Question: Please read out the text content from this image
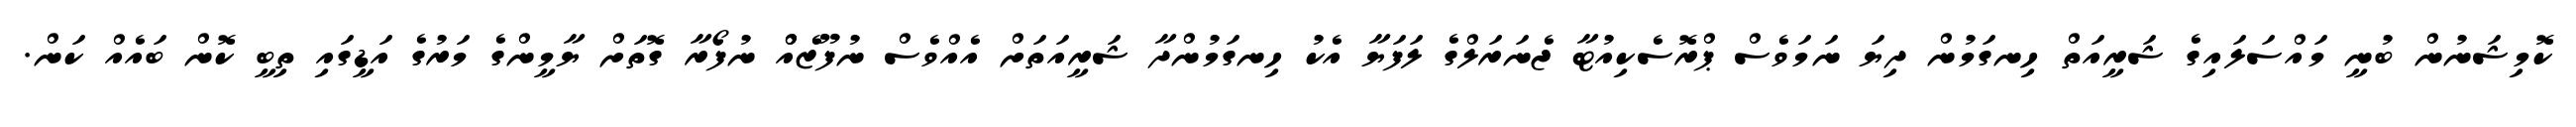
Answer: ކޮމިޝަނުން ބުނީ މައްސަލައިގެ ޝަރީއަތް ހިނގަމުން ދިޔަ ނަމަވެސް ޕްރޮސެކިއުޓާ ޖެނަރަލްގެ ލަފަޔާ އެކު ހިނގަމުންދާ ޝަރީއަތަށް އެއްވެސް ނުފޫޒެއްް ނުފޯރާ ގޮތަށް ޔާމީންގެ މަރުގެ އަޑީގައި ތިބީ ކޮން ބައެއް ކަން.